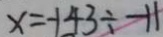
x = - 1 4 3 \div - 1 1